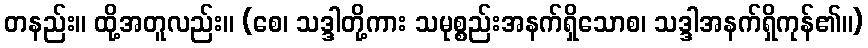
တနည်း။ ထို့အတူလည်း။ (စေ၊ သဒ္ဒါတို့ကား သမုစ္စည်းအနက်ရှိသောစ၊ သဒ္ဒါအနက်ရှိကုန်၏။)